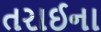
તરાઈના